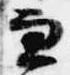
兼